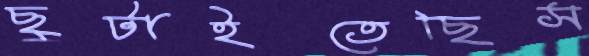
ছুটাইতেছিস